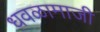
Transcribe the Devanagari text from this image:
धवळामाजी